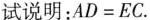
试说明：$$A D = E C$$